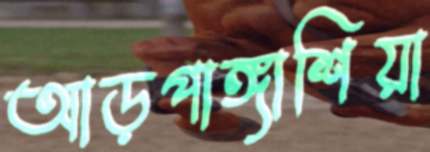
আড়পাঙ্গাশিয়া